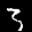
Label: 3